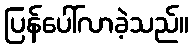
ပြန်ပေါ်လာခဲ့သည်။